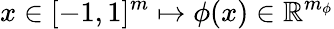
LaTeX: x\in[-1,1]^{m}\mapsto\phi(x)\in\mathbb{R}^{m_{\phi}}